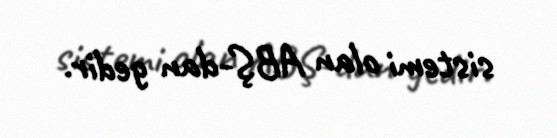
sistemi olan ABŞ-dan gedir.